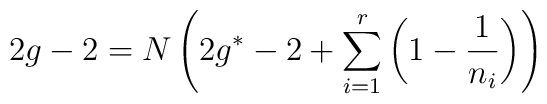
2g-2=N\left( 2g^{*}-2+\sum _{i=1}^{r}\left( 1-\frac{1}{n_{i}}\right) \right)